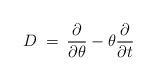
LaTeX: \begin{align*}D \> = \>\frac{\partial}{\partial \theta} - \theta \frac{\partial}{\partial t}\end{align*}